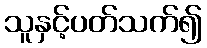
သူနှင့်ပတ်သက်၍